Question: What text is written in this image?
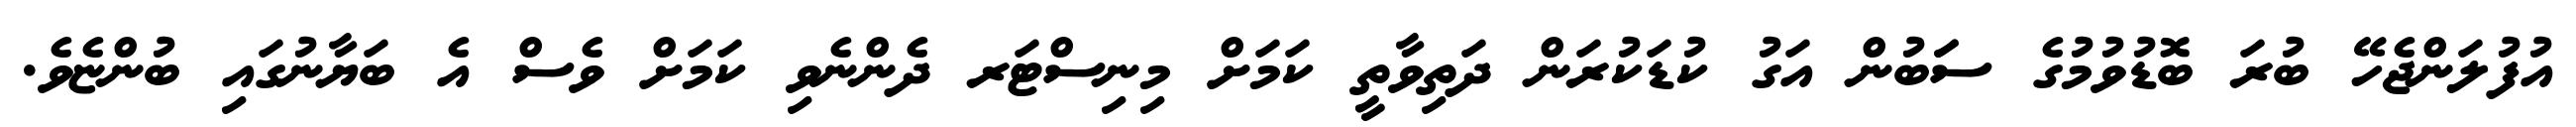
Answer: އުފުލަންޖެހޭ ބުރަ ބޮޑުވުމުގެ ސަަބުން އަގު ކުޑަކުރަން ދަތިވާތީ ކަމަށް މިނިސްޓަރ ދެންނެވި ކަމަށް ވެސް އެ ބަޔާނުގައި ބުންޏެވެ.